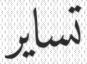
تساير